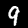
Label: 9